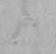
の